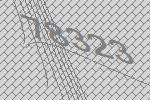
78323